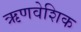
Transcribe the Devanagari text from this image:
ऋणवेशिक